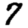
Digit: 7